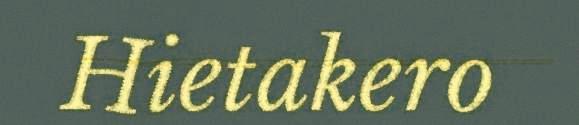
Hietakero